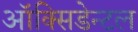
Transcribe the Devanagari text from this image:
ऑक्सिडेन्टल